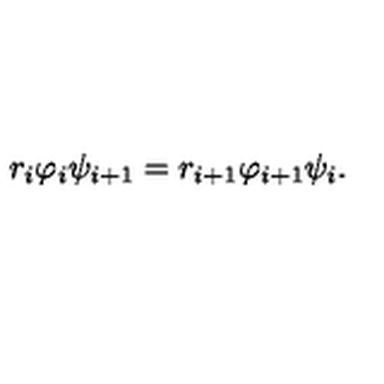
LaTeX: r _ { i } \varphi _ { i } \psi _ { i + 1 } = r _ { i + 1 } \varphi _ { i + 1 } \psi _ { i } .